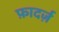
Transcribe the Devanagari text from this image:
फ़ादर्ज़